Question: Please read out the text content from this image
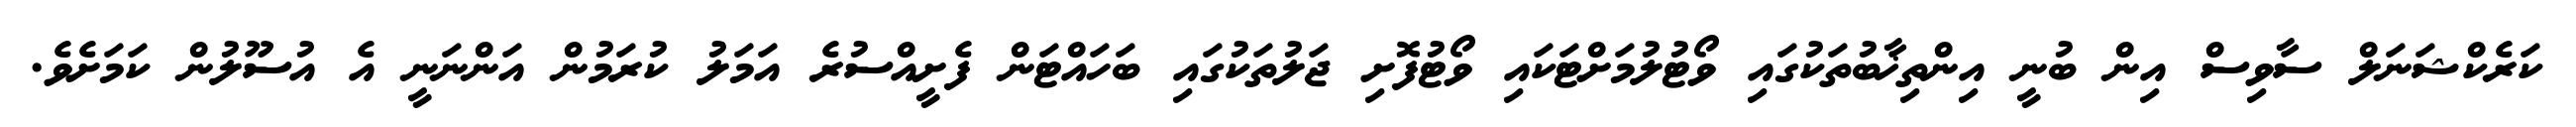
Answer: ކަރެކްޝަނަލް ސާވިސް އިން ބުނީ އިންތިޚާބުތަކުގައި ވޯޓުލުމަށްޓަކައި ވޯޓުފޮށި ޖަލުތަކުގައި ބަހައްޓަން ފެށީއްސުރެ އަމަލު ކުރަމުން އަންނަނީ އެ އުސޫލުން ކަމަށެވެ.